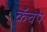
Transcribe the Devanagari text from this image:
कॅचप